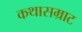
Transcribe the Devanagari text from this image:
कथासम्राट